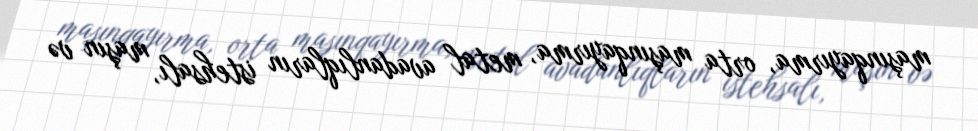
maşınqayırma, orta maşınqayırma, metal avadanlıqların istehsalı, maşın və